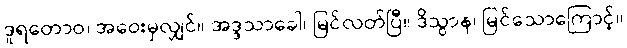
ဒူရတောဝ၊ အဝေးမှလျှင်။ အဒ္ဒသာခေါ၊ မြင်လတ်ပြီ။ ဒိသွာန၊ မြင်သောကြောင့်။